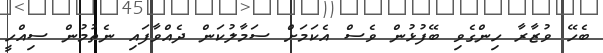
ބެހޭ ވުޒާރާ ހިންގެވި ބޭފުޅުން ވެސް އެކަމަށް ސަމާލުކަން ދެއްވާފައި ނެތުމުން ސިއްހީ